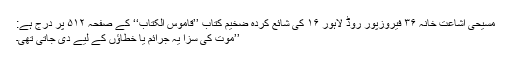
مسیحی اشاعت خانہ ۳۶ فیروزپور روڈ لاہور ۱۶ کی شائع کردہ ضخیم کتاب ’’قاموس الکتاب‘‘ کے صفحہ ۵۱۲ پر درج ہے:
’’موت کی سزا یہ جرائم یا خطاؤں کے لیے دی جاتی تھی۔